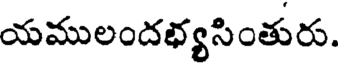
యములందభ్యసింతురు.